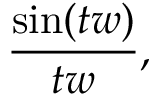
{ \frac { \sin ( t w ) } { t w } } ,